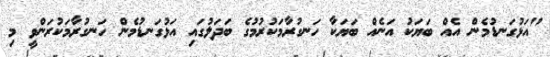
"އަޅުގަނޑުމެން އެއް ބަޔަކު އަނެއް ބަޔަކާ ހަނގުރާމަކުރުމުގެ ބަދަލުގައި އަޅުގަނޑުމެން ހަނގުރާމަކުރަންވީ މި